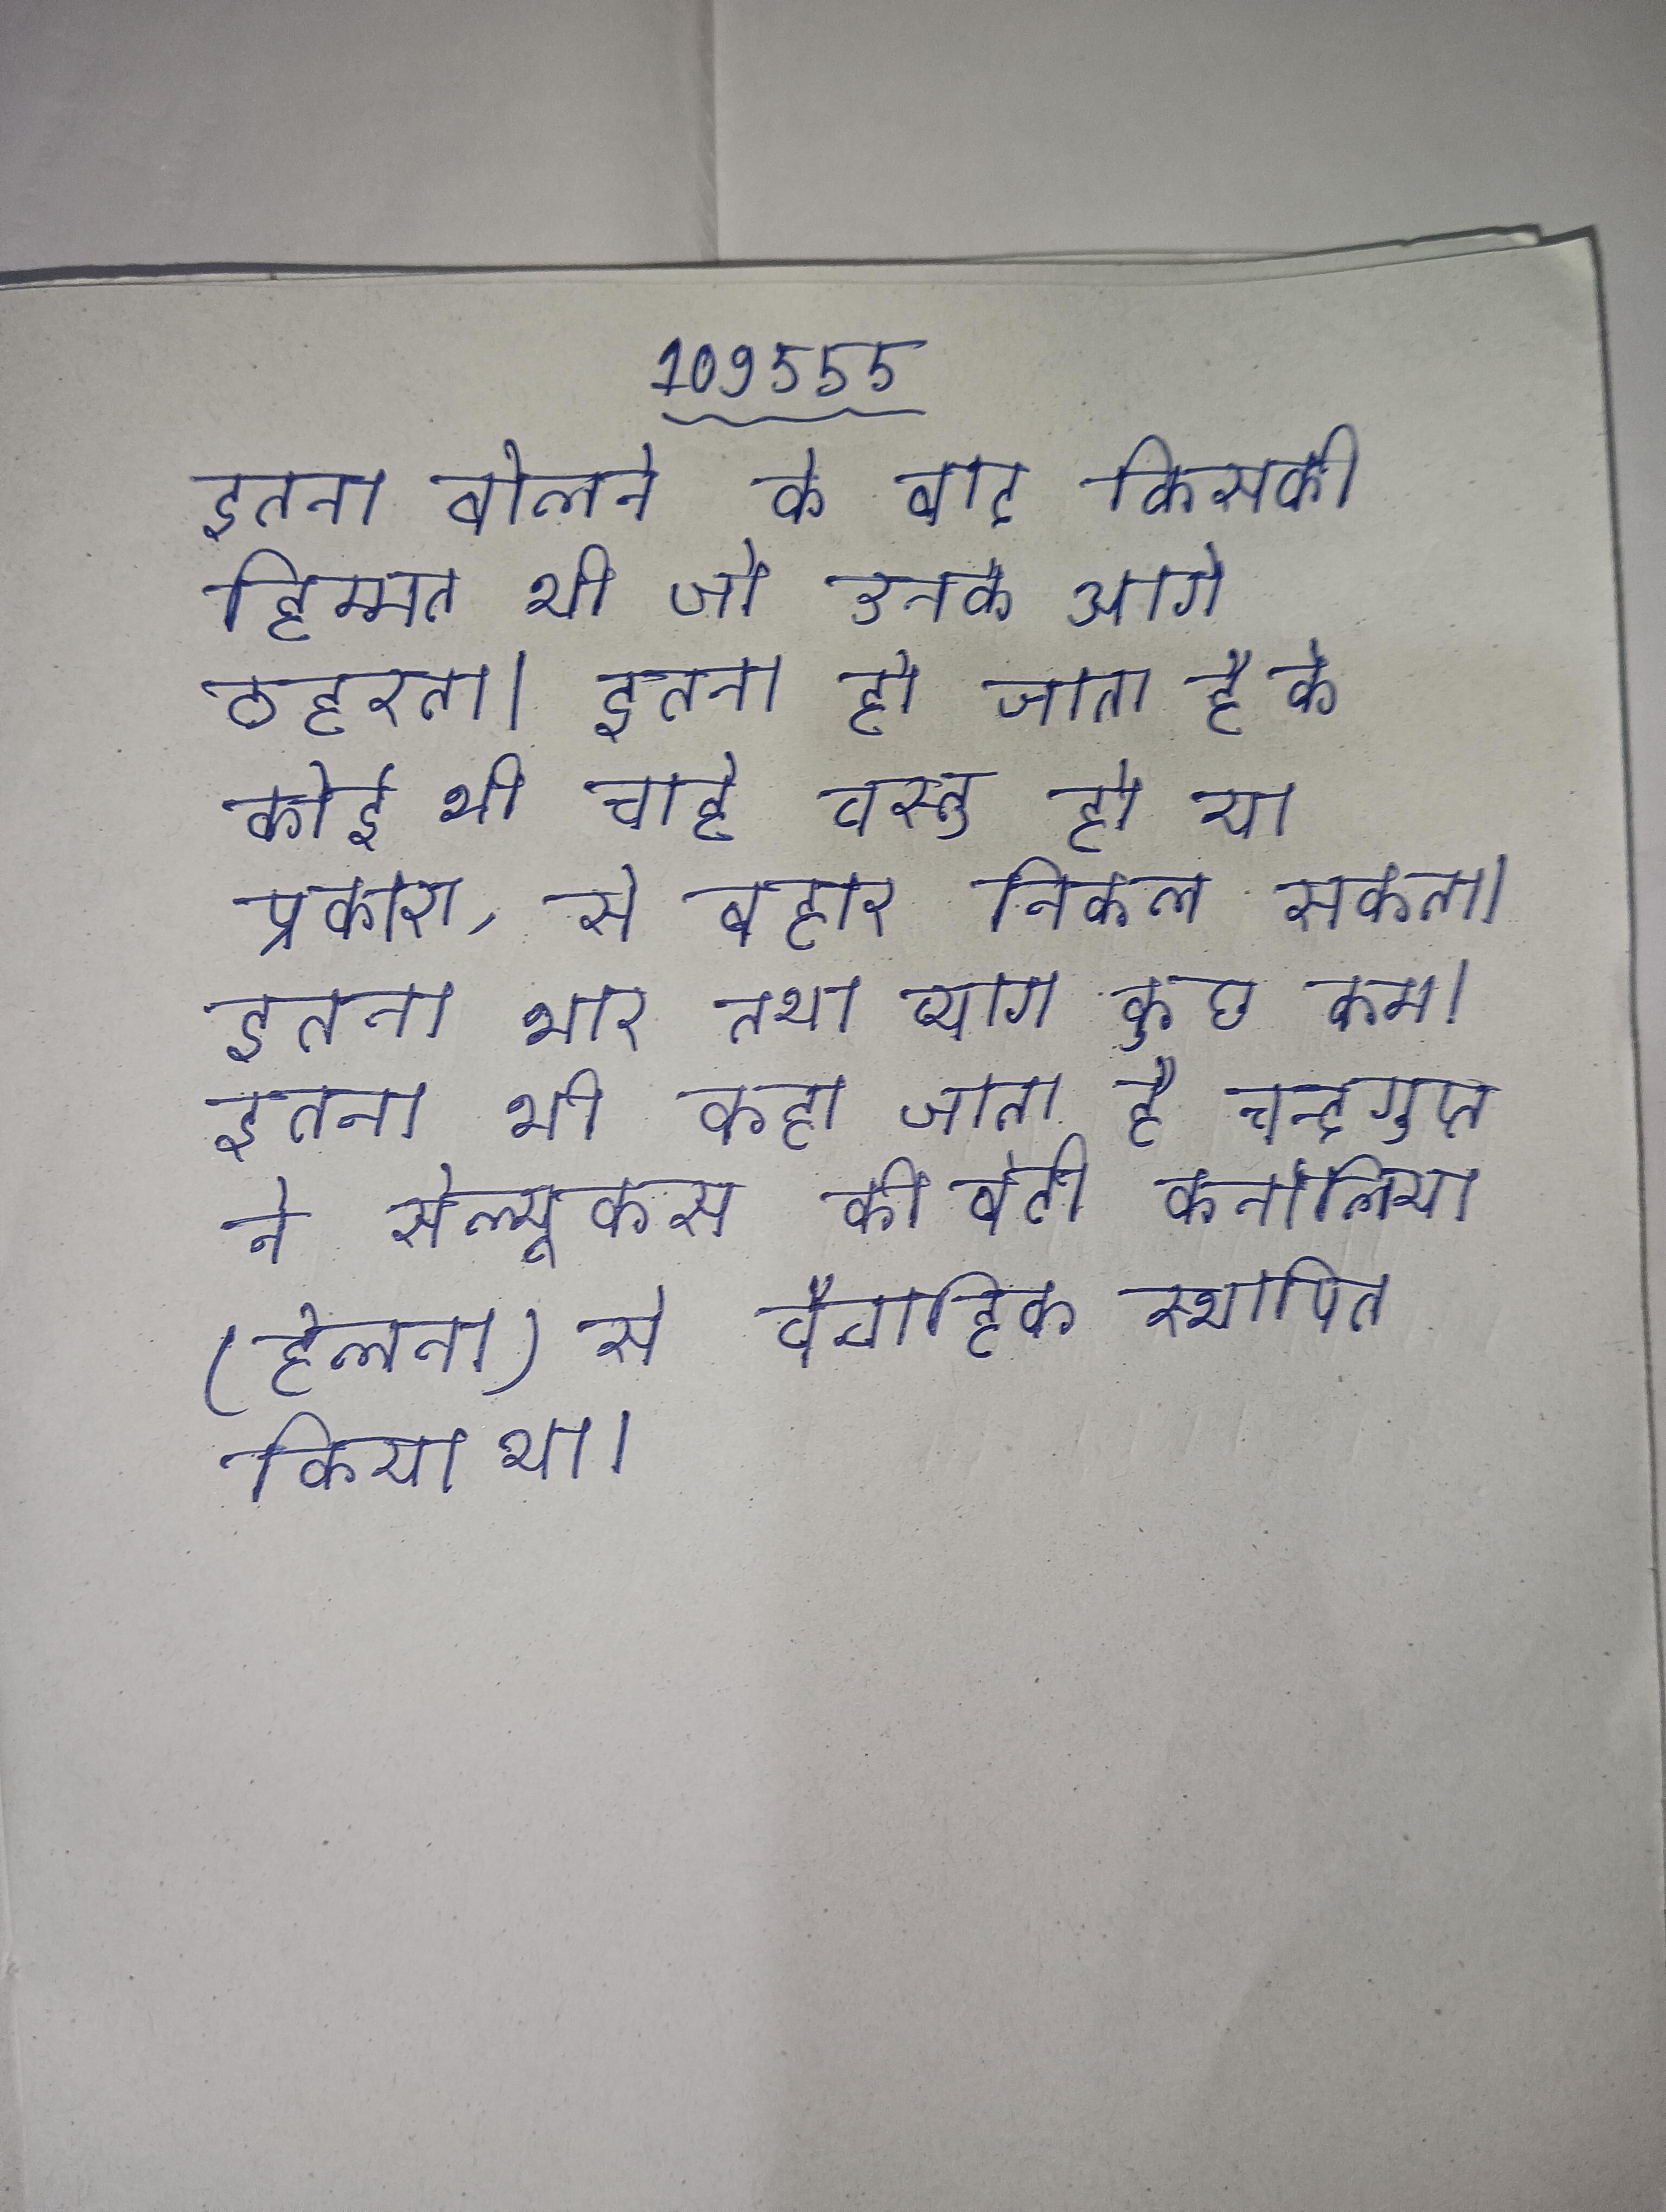
इतना बोलने के बाद किसकी हिम्मत थी जो उनके आगे ठहरता । इतना हो जाता है के कोई भी चाहे वस्तु हो या प्रकाश, से बहार निकल सकता । इतना भार तथा त्याग कुछ कम । इतना भी कहा जाता है चन्द्रगुप्त ने सेल्यूकस की बेटी कर्नालिया (हेलना) से वैवाहिक स्थापित किया था ।